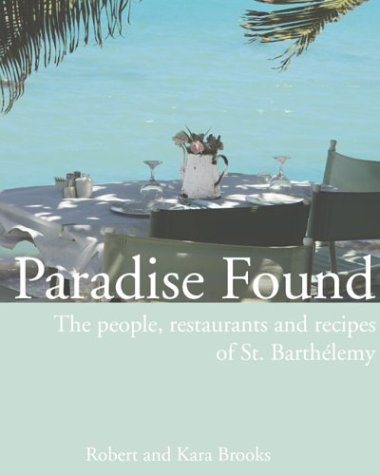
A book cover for Paradise Found: The people, restaurants and recipes of St. BarthÃ©lemy; Robert Brooks; Travel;